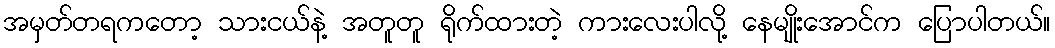
အမှတ်တရကတော့ သားငယ်နဲ့ အတူတူ ရိုက်ထားတဲ့ ကားလေးပါလို့ နေမျိုးအောင်က ပြောပါတယ်။